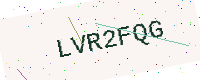
Text: LVR2FQG